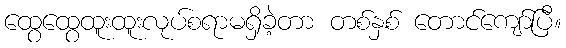
ထွေထွေထူးထူးလုပ်စရာမရှိခဲ့တာ တစ်နှစ် တောင်ကျော်ပြီ။